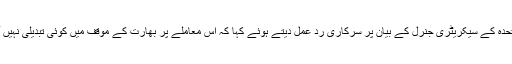
بھارتی خبر رساں ادارے اے این آئی کے مطابق وزارت خارجہ کے ترجمان رویش کمار نے اقوام متحدہ کے سیکریٹری جنرل کے بیان پر سرکاری رد عمل دیتے ہوئے کہا کہ اس معاملے پر بھارت کے موقف میں کوئی تبدیلی نہیں آئی اور نئی دہلی جموں و کشمیر کو اپنا اٹوٹ انگ سمجھتا ہے اور یہ ہمیشہ بھارت کا حصہ رہے گا۔